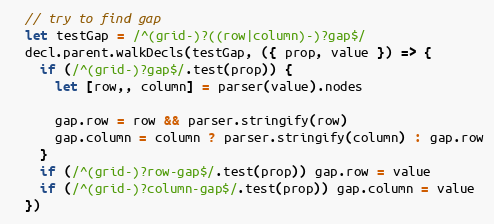
Language: JavaScript
  // try to find gap
  let testGap = /^(grid-)?((row|column)-)?gap$/
  decl.parent.walkDecls(testGap, ({ prop, value }) => {
    if (/^(grid-)?gap$/.test(prop)) {
      let [row,, column] = parser(value).nodes

      gap.row = row && parser.stringify(row)
      gap.column = column ? parser.stringify(column) : gap.row
    }
    if (/^(grid-)?row-gap$/.test(prop)) gap.row = value
    if (/^(grid-)?column-gap$/.test(prop)) gap.column = value
  })